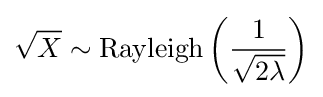
{\sqrt {X}}\sim \operatorname {Rayleigh} \left({\frac {1}{\sqrt {2\lambda }}}\right)